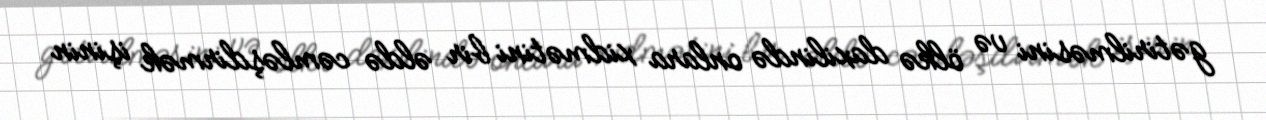
gətirilməsini və ölkə daxilində onlara xidmətini bir əldə cəmləşdirmək işinin